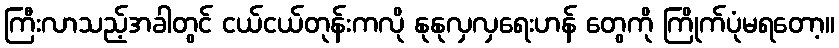
ကြီးလာသည့်အခါတွင် ငယ်ငယ်တုန်းကလို နုနုလှလှရေးဟန် တွေကို ကြိုက်ပုံမရတော့။